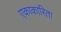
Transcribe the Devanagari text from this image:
एकाकारिता